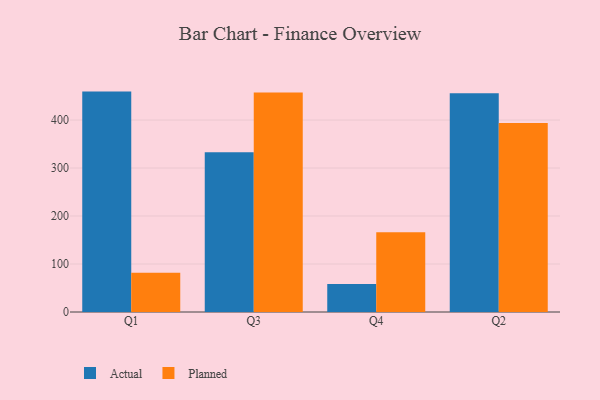
{"axis": {"x": "Quarter", "y": "Customer Acquisition Cost (USD)"}, "legend": ["Actual", "Planned"], "data": [{"x": "Q1", "y": 459.3, "type": "Actual"}, {"x": "Q1", "y": 82.0, "type": "Planned"}, {"x": "Q3", "y": 333.0, "type": "Actual"}, {"x": "Q3", "y": 457.6, "type": "Planned"}, {"x": "Q4", "y": 58.5, "type": "Actual"}, {"x": "Q4", "y": 166.0, "type": "Planned"}, {"x": "Q2", "y": 455.9, "type": "Actual"}, {"x": "Q2", "y": 393.9, "type": "Planned"}]}